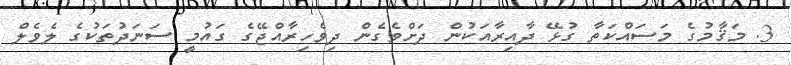
3. މަޤާމުގެ މަސައްކަތާ ގުޅޭ ދާއިރާއަކުން ދަށްވެގެން ދިވެހިރާއްޖޭގެ ގައުމީ ސަނަދުތަކުގެ ލެވެލް